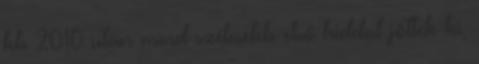
kb 2010 után mind szélesebb első híddal jöttek ki,